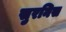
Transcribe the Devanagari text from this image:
सुरनिस